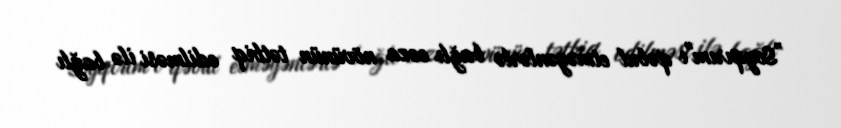
”Soyqırım"ı qəbul etməyənlərlə bağlı cəza növünün tətbiq edilməsi ilə bağlı